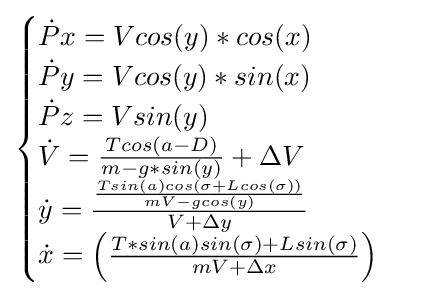
{\begin{cases}{\dot {P}}x=Vcos(y)*cos(x)\\{\dot {P}}y=Vcos(y)*sin(x)\\{\dot {P}}z=Vsin(y)\\{\dot {V}}={\frac {Tcos(a-D)}{m-g*sin(y)}}+\Delta V\\{\dot {y}}={\frac {\frac {Tsin(a)cos(\sigma +Lcos(\sigma ))}{mV-gcos(y)}}{V+\Delta y}}\\{\dot {x}}=\left({\frac {T*sin(a)sin(\sigma )+Lsin(\sigma )}{mV+\Delta x}}\right)\end{cases}}